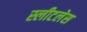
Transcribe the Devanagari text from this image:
स्लीटलेस